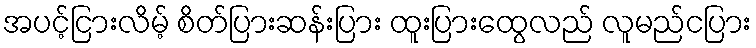
အပင့်ငြားလိမ့် စိတ်ပြားဆန်းပြား ထူးပြားထွေလည် လူမည်ငပြား